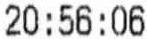
20:56:06